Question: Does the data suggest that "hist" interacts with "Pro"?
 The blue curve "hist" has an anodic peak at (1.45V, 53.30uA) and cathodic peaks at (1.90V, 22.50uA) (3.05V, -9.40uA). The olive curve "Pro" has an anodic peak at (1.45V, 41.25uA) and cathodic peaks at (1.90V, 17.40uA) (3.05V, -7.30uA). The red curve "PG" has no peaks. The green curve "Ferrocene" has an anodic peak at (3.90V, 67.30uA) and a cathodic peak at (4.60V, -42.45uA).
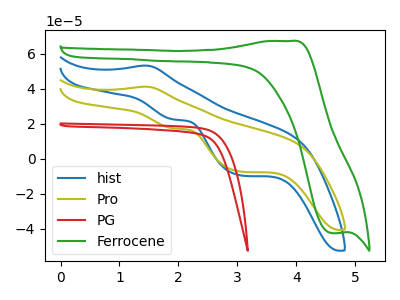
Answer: <think>All the peaks in "hist" have a peak in "Pro" at the same potential.
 </think>
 <answer>No, "hist" and "Pro" don't appear to be significantly different in shape</answer>
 <eval>no_change</eval>